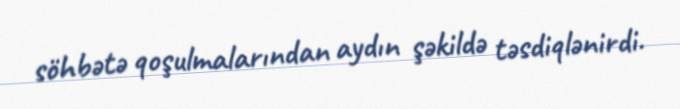
söhbətə qoşulmalarından aydın şəkildə təsdiqlənirdi.